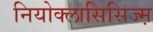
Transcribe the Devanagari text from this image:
नियोक्लासिसिज्म़